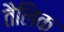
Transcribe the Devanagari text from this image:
तैलिक